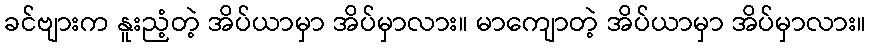
ခင်ဗျားက နူးညံ့တဲ့ အိပ်ယာမှာ အိပ်မှာလား။ မာကျောတဲ့ အိပ်ယာမှာ အိပ်မှာလား။